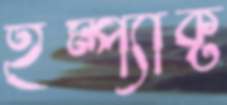
ইম্প্যাক্ট